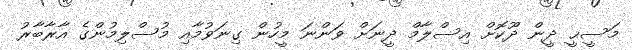
މަސީޙީ ދީން ދޫކޮށް އިސްލާމް ދީނަށް ވަންނަ މީހުން ގިނަވުމާއި މުސްލިމުންގެ އާރާބާރު